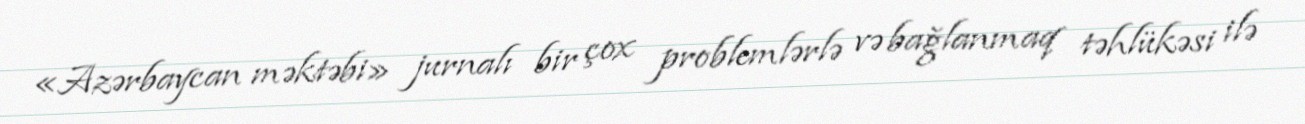
«Azərbaycan məktəbi» jurnalı bir çox problemlərlə və bağlanmaq təhlükəsi ilə